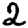
Digit: 2